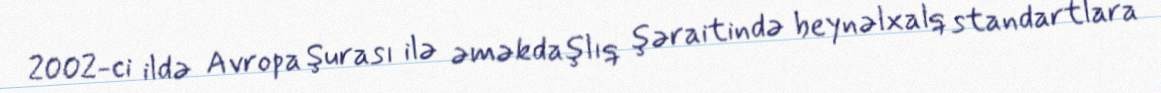
2002-ci ildə Avropa Şurası ilə əməkdaşlıq şəraitində beynəlxalq standartlara